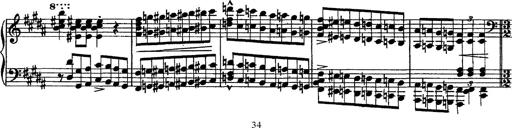
Title: Piano Sonata
Composer: Karl HÃ¤ssler
Key: C major